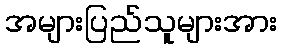
အများပြည်သူများအား